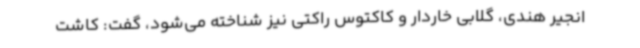
انجیر هندی، گلابی خاردار و کاکتوس راکتی نیز شناخته می‌شود، گفت: کاشت